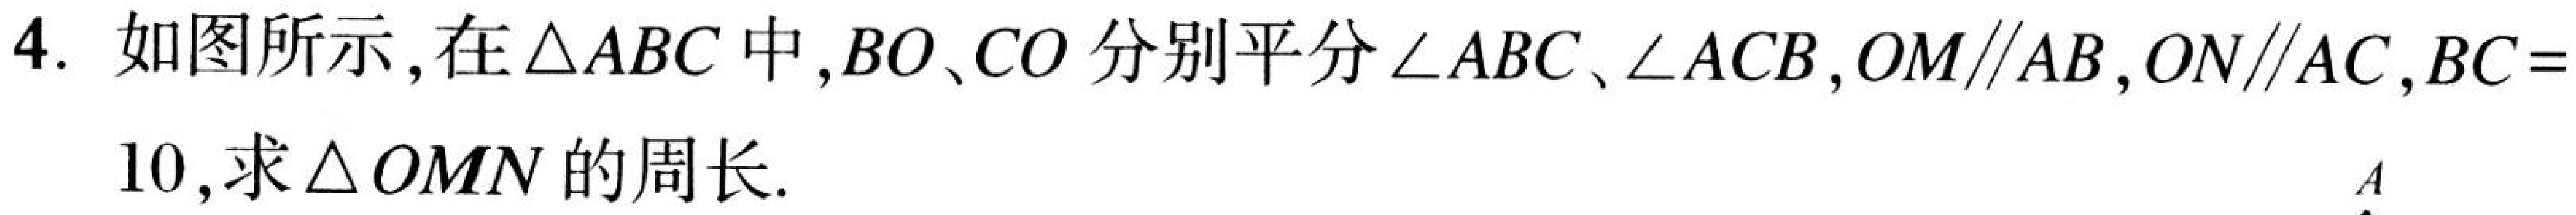
4. 如图所示,在\(\triangle ABC\)中,\(BO、CO\)分别平分\(\angle ABC、\angle ACB\),\(OM\parallel AB\),\(ON\parallel AC\),\(BC = 10\),求\(\triangle  OMN\)的周长.